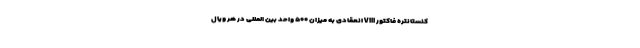
کنستانتره فاکتور VIII انعقادی به میزان ۵۰۰ واحد بین المللی در هر ویال